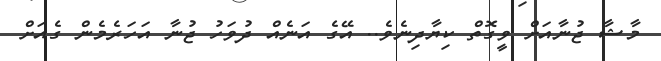
މާޝާ ޖުނާއަށް ވީގޮތް ކިޔާދިނެވެ.. އޭގެ އަނެއް ދުވަހު ޖުނާ އަހަރެމެން ގެއަށް